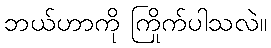
ဘယ်ဟာကို ကြိုက်ပါသလဲ။